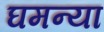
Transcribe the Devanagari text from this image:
घमन्या